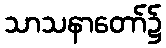
သာသနာတော်၌